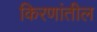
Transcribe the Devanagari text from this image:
किरणांतील